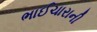
ભાઈચારાની